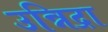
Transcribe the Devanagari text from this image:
उन्निद्रा